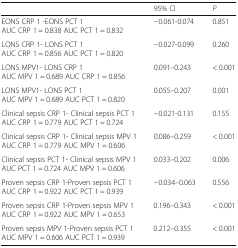
|  | 95% CI | P |
 | --- | --- | --- |
 | EONS CRP 1 -EONS PCT 1AUC CRP 1 = 0.838 AUC PCT 1 = 0.832 | −0.061-0.074 | 0.851 |
 | LONS CRP 1- LONS PCT 1AUC CRP 1 = 0.856 AUC PCT 1 = 0.820 | −0.027-0.099 | 0.260 |
 | LONS MPV1- LONS CRP 1AUC MPV 1 = 0.689 AUC CRP 1 = 0.856 | 0.091–0.243 | < 0.001 |
 | LONS MPV1- LONS PCT 1AUC MPV 1 = 0.689 AUC PCT 1 = 0.820 | 0.055–0.207 | 0.001 |
 | Clinical sepsis CRP 1- Clinical sepsis PCT 1AUC CRP 1 = 0.779 AUC PCT 1 = 0.724 | −0.021-0.131 | 0.155 |
 | Clinical sepsis CRP 1- Clinical sepsis MPV 1AUC CRP 1 = 0.779 AUC MPV 1 = 0.606 | 0.086–0.259 | < 0.001 |
 | Clinical sepsis PCT 1- Clinical sepsis MPV 1AUC PCT 1 = 0.724 AUC MPV 1 = 0.606 | 0.033–0.202 | 0.006 |
 | Proven sepsis CRP 1-Proven sepsis PCT 1AUC CRP 1 = 0.922 AUC PCT 1 = 0.939 | −0.034–0.063 | 0.556 |
 | Proven sepsis CRP 1-Proven sepsis MPV 1AUC CRP 1 = 0.922 AUC MPV 1 = 0.653 | 0.196–0.343 | < 0.001 |
 | Proven sepsis MPV 1-Proven sepsis PCT 1AUC MPV 1 = 0.606 AUC PCT 1 = 0.939 | 0.212–0.355 | < 0.001 |